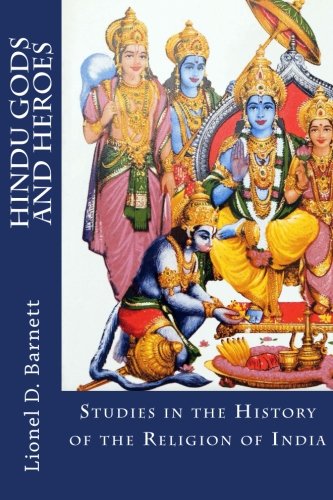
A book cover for Hindu Gods And Heroes: Studies in the History of the Religion of India; Lionel D. Barnett; Religion & Spirituality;